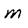
Character: M